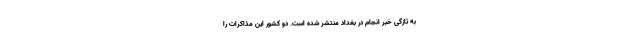
به تازگی خبر انجام در بغداد منتشر شده است. دو کشور این مذاکرات را